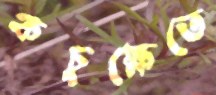
কচুক্ষেতে